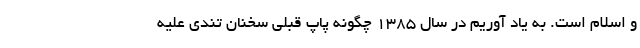
و اسلام است. به یاد آوریم در سال 1385 چگونه پاپ قبلی سخنان تندی علیه